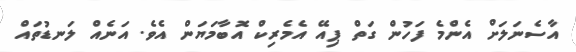
އާސެނަލަށް އެންމެ ފަހުން ގަތް ޕިއޭ އެމެރިކް އޮބާމަޔަން އެވެ. އަނެއް ލަނޑުތައް